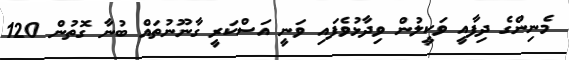
މެނިންގެ ދިފާއީ ވަކީލުން ވިދާޅުވެފައި ވަނީ އަސްކަރީ ގާނޫނުތައް ބުނާ ގޮތުން 120